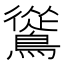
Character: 䳷